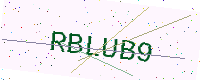
Text: RBLUB9